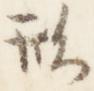
形